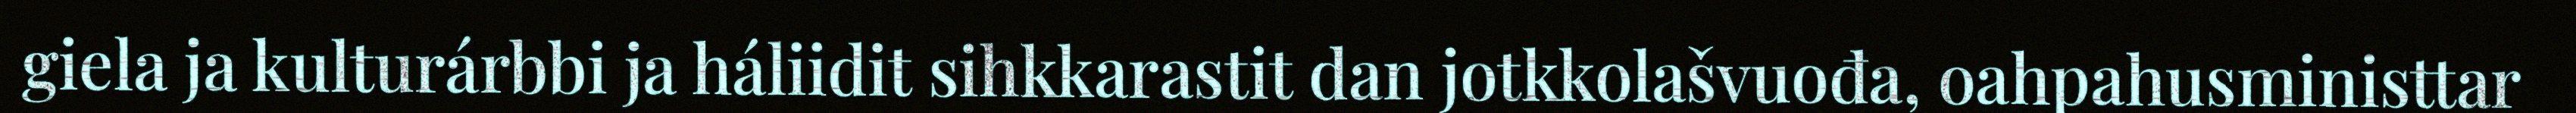
giela ja kulturárbbi ja háliidit sihkkarastit dan jotkkolašvuođa, oahpahusministtar